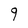
Character: 9